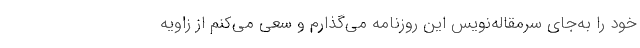
خود را به‌جای سرمقاله‌نویس این روزنامه می‌گذارم و سعی می‌کنم از زاویه